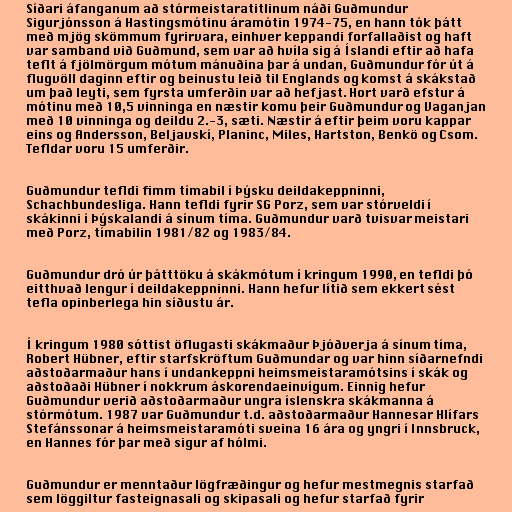
Síðari áfanganum að stórmeistaratitlinum náði Guðmundur
Sigurjónsson á Hastingsmótinu áramótin 1974-75, en hann tók þátt
með mjög skömmum fyrirvara, einhver keppandi forfallaðist og haft
var samband við Guðmund, sem var að hvíla sig á Íslandi eftir að hafa
teflt á fjölmörgum mótum mánuðina þar á undan, Guðmundur fór út á
flugvöll daginn eftir og beinustu leið til Englands og komst á skákstað
um það leyti, sem fyrsta umferðin var að hefjast. Hort varð efstur á
mótinu með 10,5 vinninga en næstir komu þeir Guðmundur og Vaganjan
með 10 vinninga og deildu 2.-3, sæti. Næstir á eftir þeim voru kappar
eins og Andersson, Beljavskí, Planinc, Miles, Hartston, Benkö og Csom.
Tefldar voru 15 umferðir.

Guðmundur tefldi fimm tímabil í Þýsku deildakeppninni,
Schachbundesliga. Hann tefldi fyrir SG Porz, sem var stórveldi í
skákinni í Þýskalandi á sínum tíma. Guðmundur varð tvisvar meistari
með Porz, tímabilin 1981/82 og 1983/84.

Guðmundur dró úr þátttöku á skákmótum í kringum 1990, en tefldi þó
eitthvað lengur í deildakeppninni. Hann hefur lítið sem ekkert sést
tefla opinberlega hin síðustu ár.

Í kringum 1980 sóttist öflugasti skákmaður Þjóðverja á sínum tíma,
Robert Hübner, eftir starfskröftum Guðmundar og var hinn síðarnefndi
aðstoðarmaður hans í undankeppni heimsmeistaramótsins í skák og
aðstoðaði Hübner í nokkrum áskorendaeinvígum. Einnig hefur
Guðmundur verið aðstoðarmaður ungra íslenskra skákmanna á
stórmótum. 1987 var Guðmundur t.d. aðstoðarmaður Hannesar Hlífars
Stefánssonar á heimsmeistaramóti sveina 16 ára og yngri í Innsbruck,
en Hannes fór þar með sigur af hólmi.

Guðmundur er menntaður lögfræðingur og hefur mestmegnis starfað
sem löggiltur fasteignasali og skipasali og hefur starfað fyrir